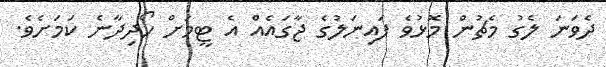
ދެވަނަ ލެގު މެޗުން މޮޅުވެ ފައިނަލުގެ ޖާގައެއް އެ ޓީމަށް ހޯދިދާނެ ކަމަށެވެ.